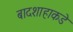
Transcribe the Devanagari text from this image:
बादशाहाकडे